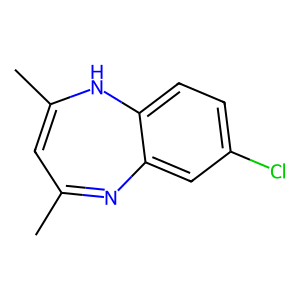
SMILES: CC1=CC(C)=Nc2cc(Cl)ccc2N1
Inhibits HIV replication: No